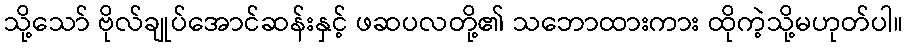
သို့သော် ဗိုလ်ချုပ်အောင်ဆန်းနှင့် ဖဆပလတို့၏ သဘောထားကား ထိုကဲ့သို့မဟုတ်ပါ။